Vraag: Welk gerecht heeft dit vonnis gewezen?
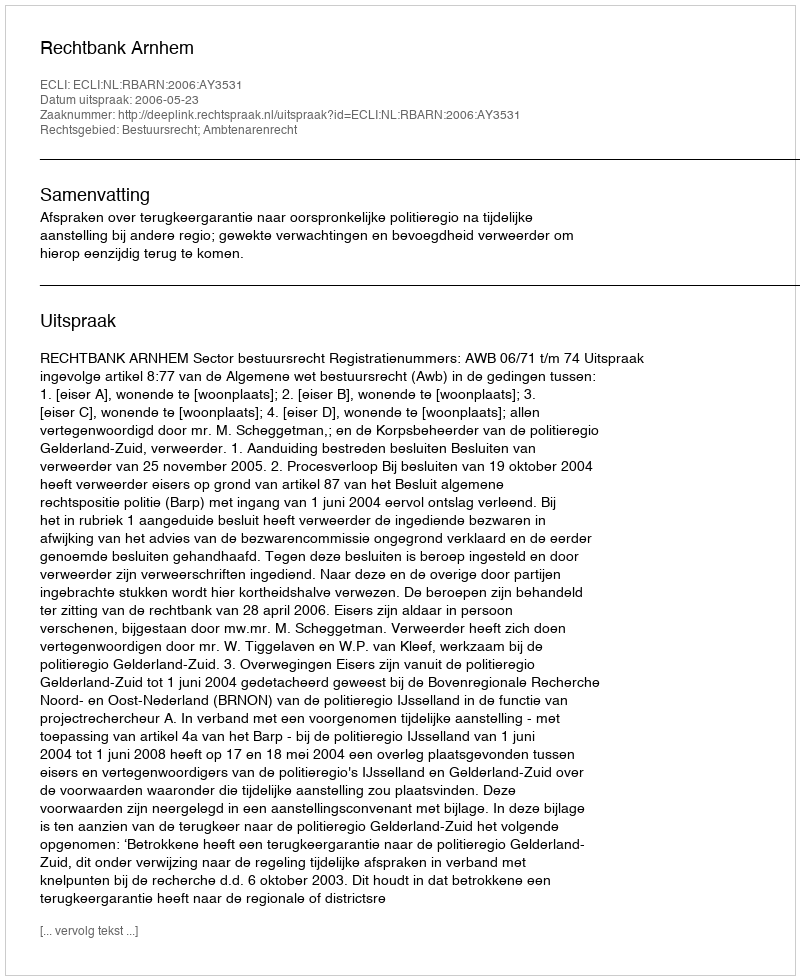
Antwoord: Rechtbank Arnhem